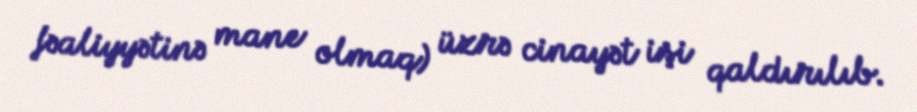
fəaliyyətinə mane olmaq) üzrə cinayət işi qaldırılıb.